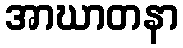
အာဃာတနာ